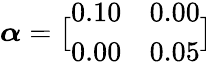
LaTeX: \boldsymbol{\alpha}=\bigl[\begin{array}{ll}{0.10}&{0.00}\\ {0.00}&{0.05}\end{array}\bigr]